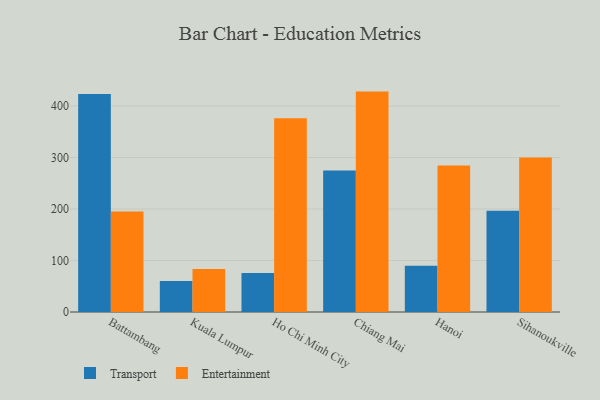
{"axis": {"x": "City", "y": "Active Users"}, "legend": ["Entertainment", "Transport"], "data": [{"x": "Battambang", "y": 423.4, "type": "Transport"}, {"x": "Battambang", "y": 195.0, "type": "Entertainment"}, {"x": "Kuala Lumpur", "y": 60.2, "type": "Transport"}, {"x": "Kuala Lumpur", "y": 83.6, "type": "Entertainment"}, {"x": "Ho Chi Minh City", "y": 75.7, "type": "Transport"}, {"x": "Ho Chi Minh City", "y": 376.1, "type": "Entertainment"}, {"x": "Chiang Mai", "y": 275.0, "type": "Transport"}, {"x": "Chiang Mai", "y": 428.0, "type": "Entertainment"}, {"x": "Hanoi", "y": 89.8, "type": "Transport"}, {"x": "Hanoi", "y": 284.3, "type": "Entertainment"}, {"x": "Sihanoukville", "y": 196.4, "type": "Transport"}, {"x": "Sihanoukville", "y": 300.2, "type": "Entertainment"}]}